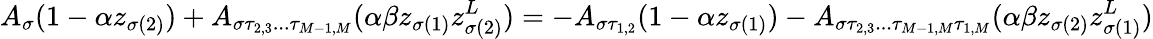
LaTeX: A_{\sigma}(1-\alpha z_{\sigma(2)})+A_{\sigma\tau_{2,3}...\tau_{M-1,M}}(\alpha\beta z_{\sigma(1)}z_{\sigma(2)}^{L})=-A_{\sigma\tau_{1,2}}(1-\alpha z_{\sigma(1)})-A_{\sigma\tau_{2,3}...\tau_{M-1,M}\tau_{1,M}}(\alpha\beta z_{\sigma(2)}z_{\sigma(1)}^{L})